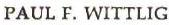
PAUL F. WITTLIG